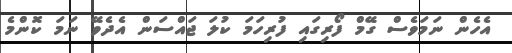
އެހެން ނަމަވެސް ގޭމް ފޯރިގައި ފުރިހަމަ ކުލަ ޖައްސަން އެދެވޭ ނަމަ ކޮންމެ